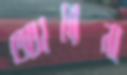
অ্যারেনা